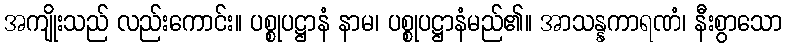
အကျိုးသည် လည်းကောင်း။ ပစ္စုပဋ္ဌာနံ နာမ၊ ပစ္စုပဋ္ဌာနံမည်၏။ အာသန္နကာရဏံ၊ နီးစွာသော